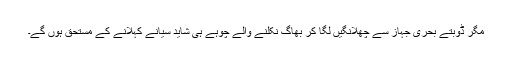
مگر ڈوبتے بحری جہاز سے چھلانگیں لگا کر بھاگ نکلنے والے چوہے ہی شاید سیانے کہلانے کے مستحق ہوں گے۔